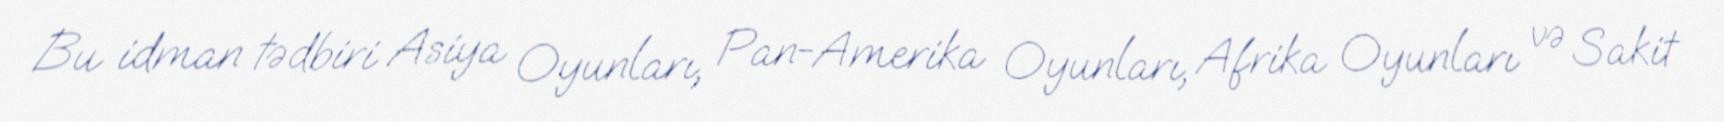
Bu idman tədbiri Asiya Oyunları, Pan-Amerika Oyunları, Afrika Oyunları və Sakit